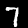
Digit: 7